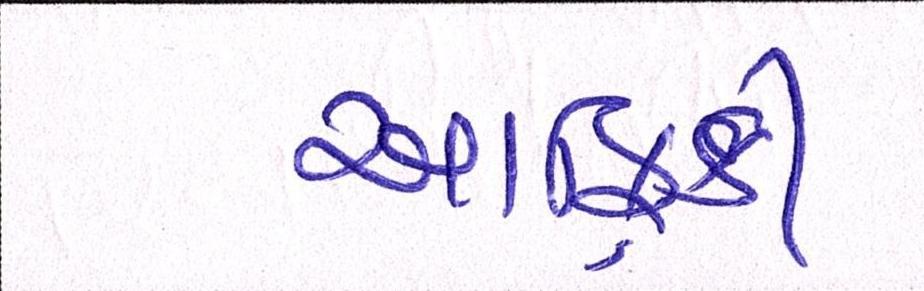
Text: આફ્રિકી